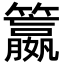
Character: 籝